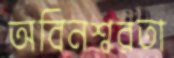
অবিনশ্বরতা